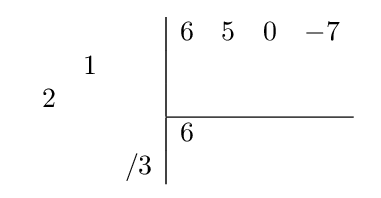
{\begin{array}{cc}{\begin{array}{rrr}\\&1&\\2&&\\\\&&/3\\\end{array}}{\begin{array}{|rrrr}6&5&0&-7\\&&&\\&&&\\\hline 6&&&\\&&&\\\end{array}}\end{array}}